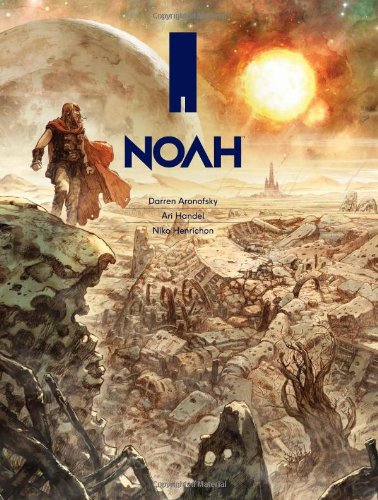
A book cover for Noah; Comics & Graphic Novels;